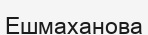
Ешмаханова